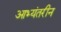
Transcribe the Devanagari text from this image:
आभ्यंतरीन